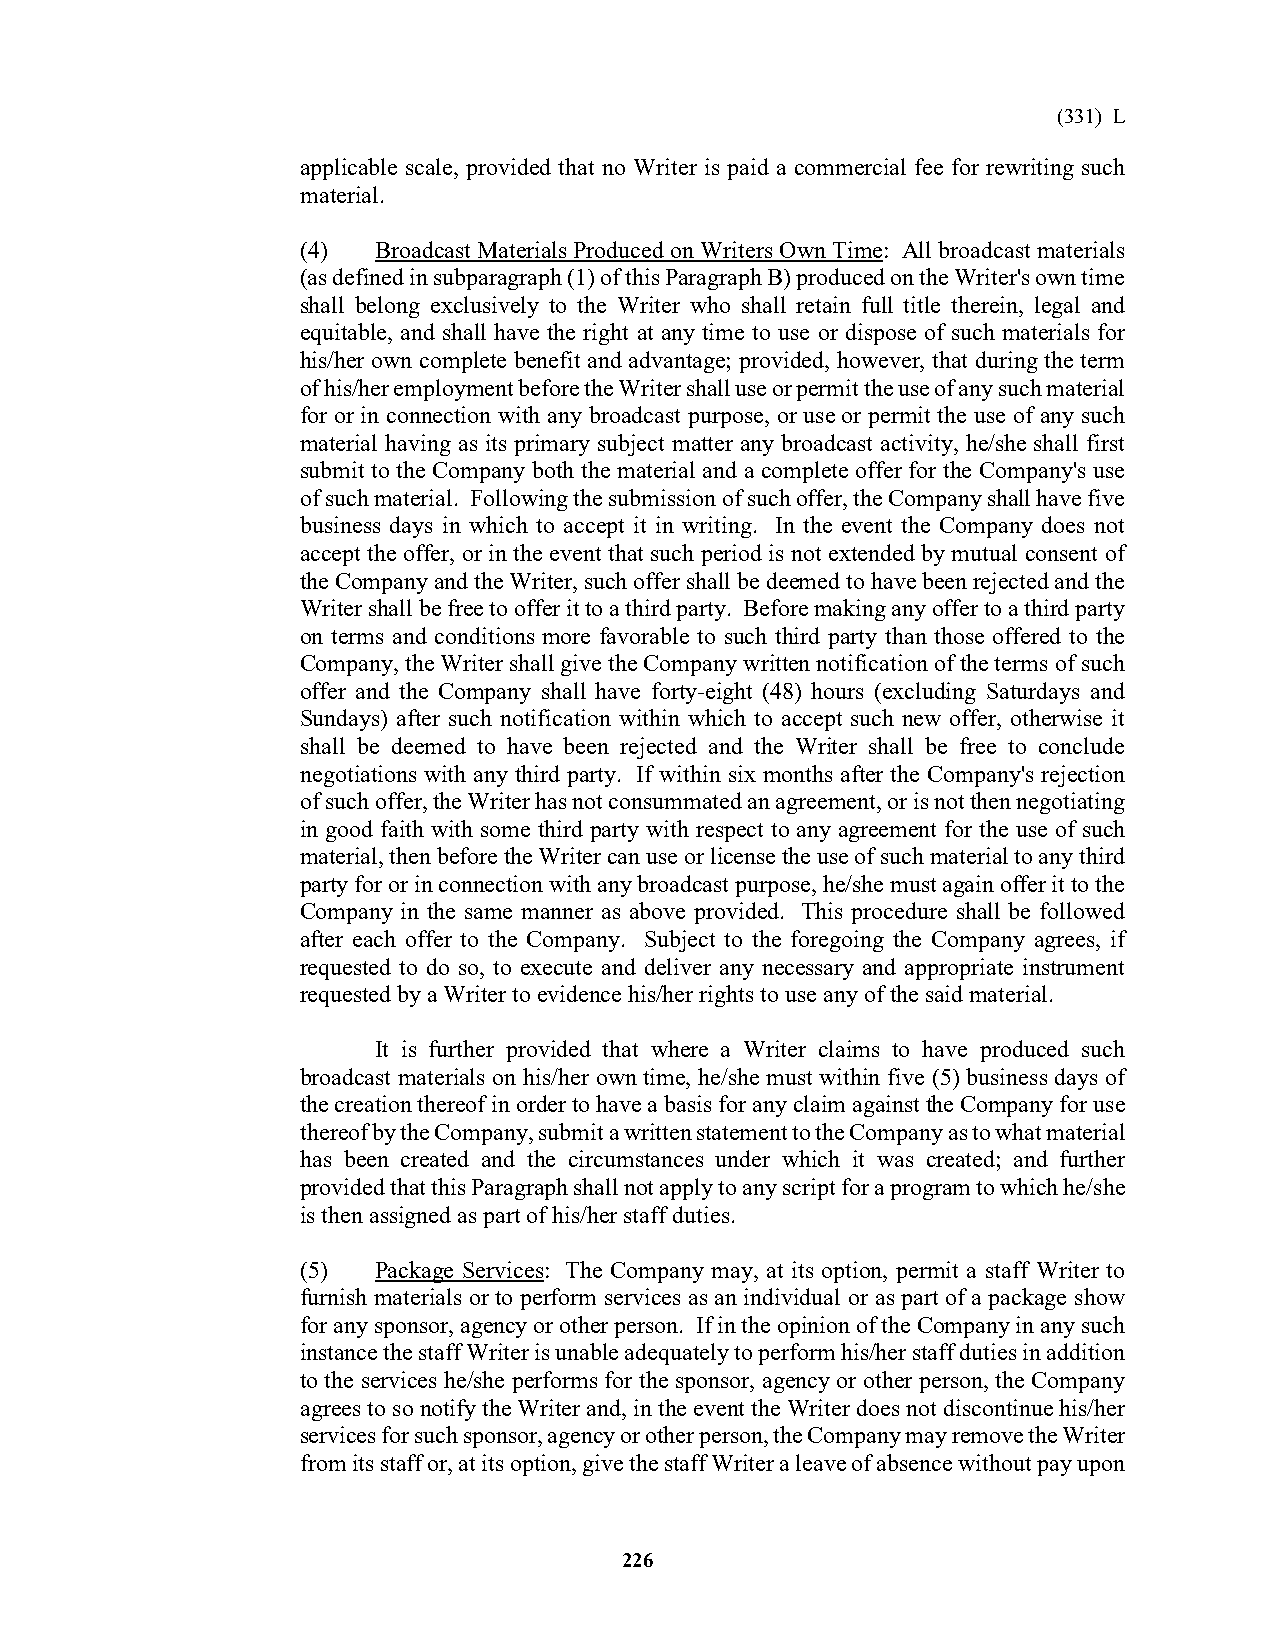
(331) L
 applicable scale, provided that no Writer is paid a commercial fee for rewriting such
 material.
 (4)  Broadcast Materials Produced on Writers Own Time: All broadcast materials
 (as defined in subparagraph (1) of this Paragraph B) produced on the Writer's own time
 shall belong exclusively to the Writer who shall retain full title therein, legal and
 equitable, and shall have the right at any time to use or dispose of such materials for
 his/her own complete benefit and advantage; provided, however, that during the term
 of his/her employment before the Writer shall use or permit the use of any such material
 for or in connection with any broadcast purpose, or use or permit the use of any such
 material having as its primary subject matter any broadcast activity, he/she shall first
 submit to the Company both the material and a complete offer for the Company's use
 of such material. Following the submission of such offer, the Company shall have five
 business days in which to accept it in writing. In the event the Company does not
 accept the offer, or in the event that such period is not extended by mutual consent of
 the Company and the Writer, such offer shall be deemed to have been rejected and the
 Writer shall be free to offer it to a third party. Before making any offer to a third party
 on terms and conditions more favorable to such third party than those offered to the
 Company, the Writer shall give the Company written notification of the terms of such
 offer and the Company shall have forty-eight (48) hours (excluding Saturdays and
 Sundays) after such notification within which to accept such new offer, otherwise it
 shall be deemed to have been rejected and the Writer shall be free to conclude
 negotiations with any third party. If within six months after the Company's rejection
 of such offer, the Writer has not consummated an agreement, or is not then negotiating
 in good faith with some third party with respect to any agreement for the use of such
 material, then before the Writer can use or license the use of such material to any third
 party for or in connection with any broadcast purpose, he/she must again offer it to the
 Company in the same manner as above provided. This procedure shall be followed
 after each offer to the Company. Subject to the foregoing the Company agrees, if
 requested to do so, to execute and deliver any necessary and appropriate instrument
 requested by a Writer to evidence his/her rights to use any of the said material.
 It is further provided that where a Writer claims to have produced such
 broadcast materials on his/her own time, he/she must within five (5) business days of
 the creation thereof in order to have a basis for any claim against the Company for use
 thereof by the Company, submit a written statement to the Company as to what material
 has been created and the circumstances under which it was created; and further
 provided that this Paragraph shall not apply to any script for a program to which he/she
 is then assigned as part of his/her staff duties.
 (5)  Package Services: The Company may, at its option, permit a staff Writer to
 furnish materials or to perform services as an individual or as part of a package show
 for any sponsor, agency or other person. If in the opinion of the Company in any such
 instance the staff Writer is unable adequately to perform his/her staff duties in addition
 to the services he/she performs for the sponsor, agency or other person, the Company
 agrees to so notify the Writer and, in the event the Writer does not discontinue his/her
 services for such sponsor, agency or other person, the Company may remove the Writer
 from its staff or, at its option, give the staff Writer a leave of absence without pay upon
 226